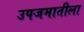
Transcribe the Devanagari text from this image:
उपजमातीला